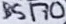
Text: BS170